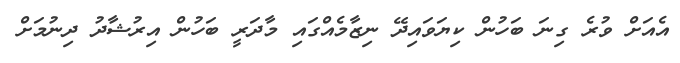
އެއަށް ވުރެ ގިނަ ބަހުން ކިޔަވައިދޭ ނިޒާމެއްގައި މާދަރީ ބަހުން އިރުޝާދު ދިނުމަށް